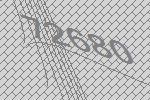
72680